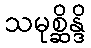
သမုစ္ဆိန္ဒိ